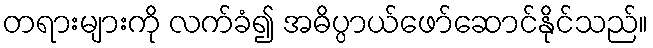
တရားများကို လက်ခံ၍ အဓိပ္ပာယ်ဖော်ဆောင်နိုင်သည်။